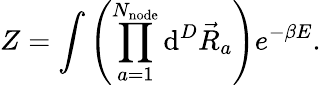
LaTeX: Z=\int{\left(\prod_{a=1}^{N_{\mathrm{node}}}{\mathrm{d}^{D}\vec{R}_{a}}\right)e^{-\beta E}}.